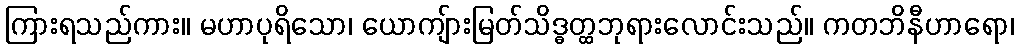
ကြားရသည်ကား။ မဟာပုရိသော၊ ယောကျ်ားမြတ်သိဒ္ဓတ္ထဘုရားလောင်းသည်။ ကတဘိနီဟာရော၊